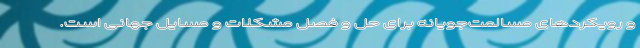
و رویکردهای مسالمت‌جویانه برای حل و فصل مشکلات و مسایل جهانی است.